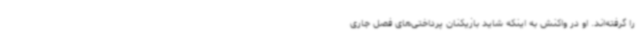
را گرفته‌اند. او در واکنش به اینکه شاید بازیکنان پرداختی‌های فصل جاری